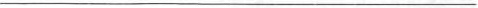
___